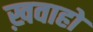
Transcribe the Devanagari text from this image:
ख़वाहों